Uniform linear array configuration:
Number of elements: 8
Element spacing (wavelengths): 0.75
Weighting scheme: exponential
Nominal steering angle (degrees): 0
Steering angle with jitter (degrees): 1.862
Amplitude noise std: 0.05
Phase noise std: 0.05

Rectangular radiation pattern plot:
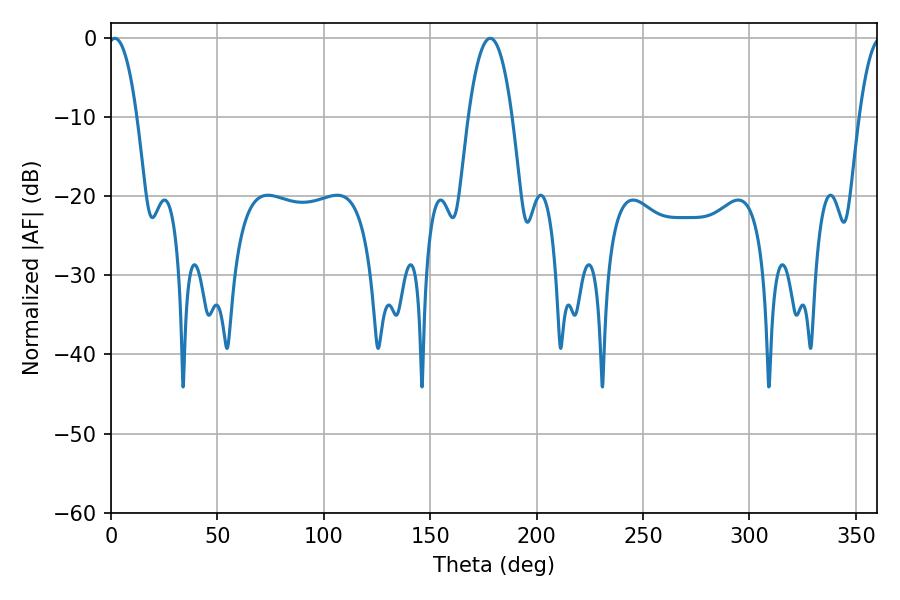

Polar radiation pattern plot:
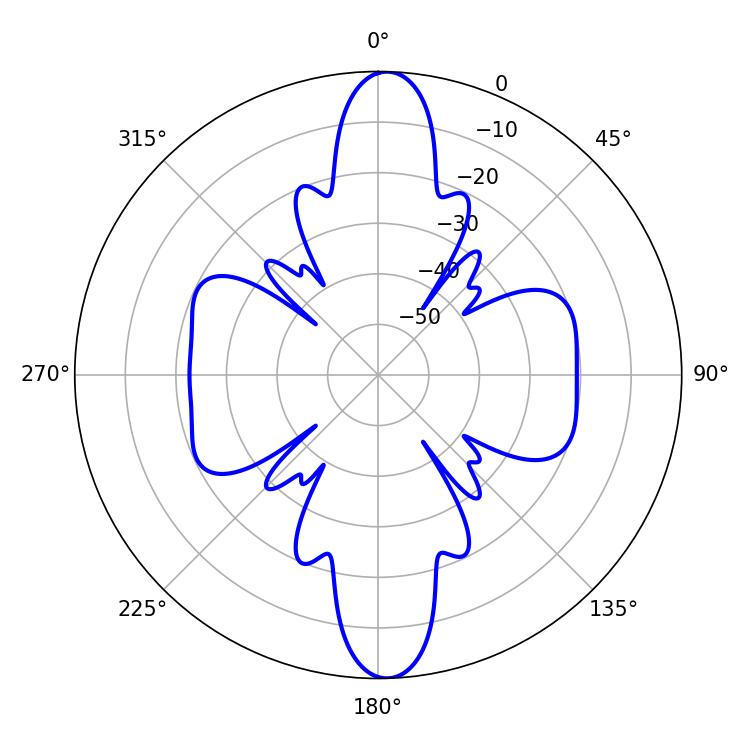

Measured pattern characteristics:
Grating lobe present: TRUE
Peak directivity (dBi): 21.353
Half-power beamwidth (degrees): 7.56
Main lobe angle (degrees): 1.8